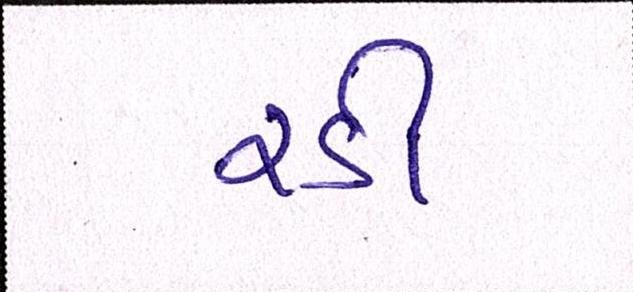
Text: રડી